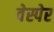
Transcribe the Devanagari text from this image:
वेस्पेर